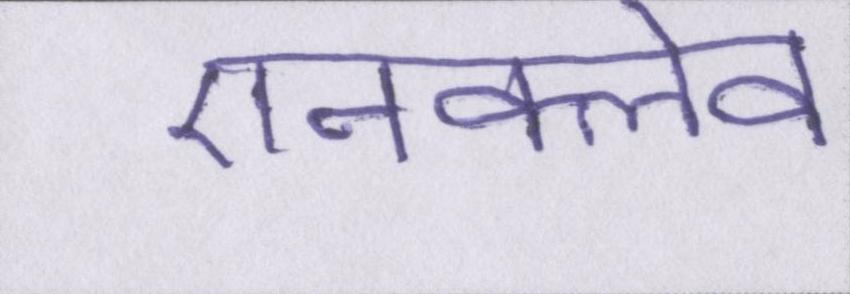
एनक्लेव